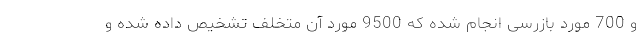
و 700 مورد بازرسی انجام شده که 9500 مورد آن متخلف تشخیص داده شده و